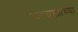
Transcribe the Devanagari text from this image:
परब्रह्माच्या